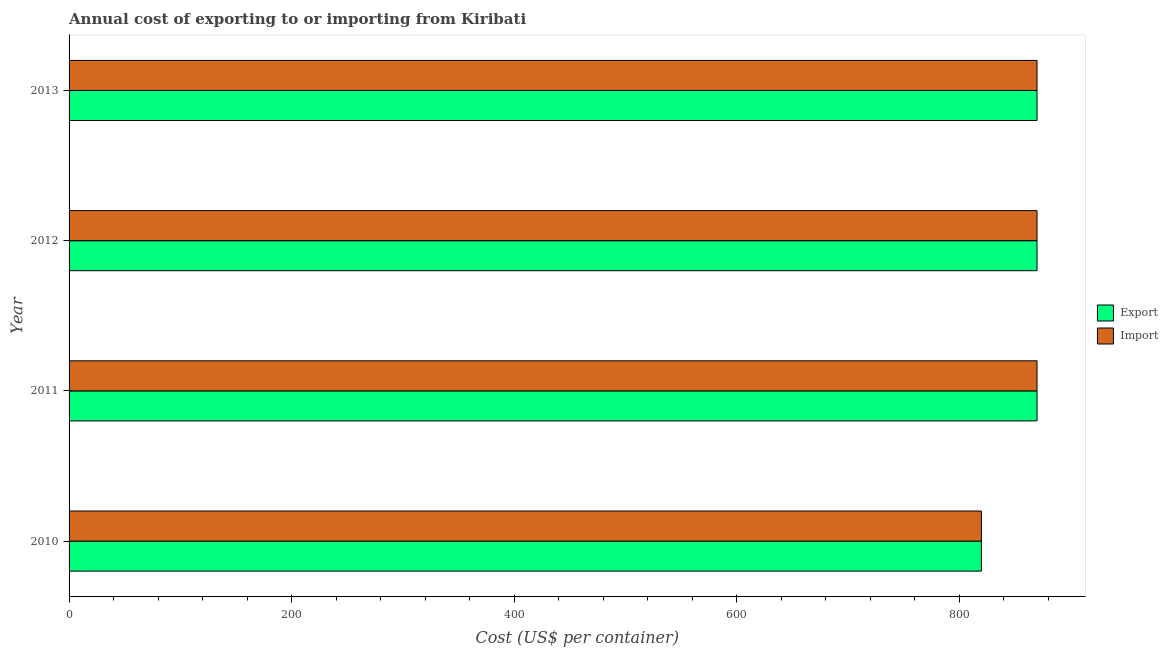
| Year | Export | Import |
 | --- | --- | --- |
 | 2010 | 820 | 820 |
 | 2011 | 870 | 870 |
 | 2012 | 870 | 870 |
 | 2013 | 870 | 870 |